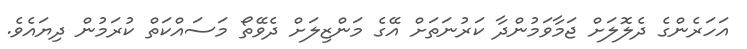
އަހަރެންގެ ދެލޮލަށް ޖަމާވަމުންދާ ކަރުނަތަށް އޭގެ މަންޒިލަށް ދެވޭތޯ މަސައްކަތް ކުރަމުން ދިޔައެވެ.